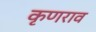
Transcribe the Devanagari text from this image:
कृणराव